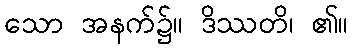
သော အနက်၌။ ဒိဿတိ၊ ၏။